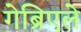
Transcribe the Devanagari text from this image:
गेब्रिएले